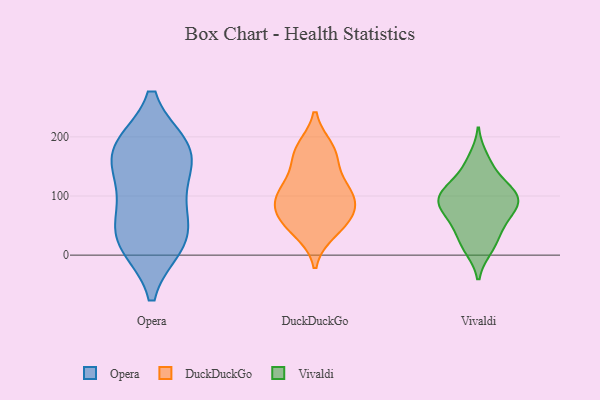
{"axis": {"x": "Budget (USD K)", "y": "Value"}, "legend": ["DuckDuckGo", "Opera", "Vivaldi"], "data": [{"x": "", "y": 182, "type": "Opera"}, {"x": "", "y": 176, "type": "Opera"}, {"x": "", "y": 122, "type": "Opera"}, {"x": "", "y": 182, "type": "Opera"}, {"x": "", "y": 174, "type": "Opera"}, {"x": "", "y": 18, "type": "Opera"}, {"x": "", "y": 55, "type": "Opera"}, {"x": "", "y": 28, "type": "Opera"}, {"x": "", "y": 21, "type": "Opera"}, {"x": "", "y": 98, "type": "Opera"}, {"x": "", "y": 51, "type": "DuckDuckGo"}, {"x": "", "y": 60, "type": "DuckDuckGo"}, {"x": "", "y": 180, "type": "DuckDuckGo"}, {"x": "", "y": 119, "type": "DuckDuckGo"}, {"x": "", "y": 173, "type": "DuckDuckGo"}, {"x": "", "y": 87, "type": "DuckDuckGo"}, {"x": "", "y": 40, "type": "DuckDuckGo"}, {"x": "", "y": 107, "type": "DuckDuckGo"}, {"x": "", "y": 111, "type": "DuckDuckGo"}, {"x": "", "y": 167, "type": "DuckDuckGo"}, {"x": "", "y": 71, "type": "DuckDuckGo"}, {"x": "", "y": 90, "type": "DuckDuckGo"}, {"x": "", "y": 53, "type": "Vivaldi"}, {"x": "", "y": 113, "type": "Vivaldi"}, {"x": "", "y": 124, "type": "Vivaldi"}, {"x": "", "y": 149, "type": "Vivaldi"}, {"x": "", "y": 84, "type": "Vivaldi"}, {"x": "", "y": 106, "type": "Vivaldi"}, {"x": "", "y": 11, "type": "Vivaldi"}, {"x": "", "y": 165, "type": "Vivaldi"}, {"x": "", "y": 44, "type": "Vivaldi"}, {"x": "", "y": 82, "type": "Vivaldi"}, {"x": "", "y": 103, "type": "Vivaldi"}, {"x": "", "y": 34, "type": "Vivaldi"}, {"x": "", "y": 70, "type": "Vivaldi"}, {"x": "", "y": 103, "type": "Vivaldi"}, {"x": "", "y": 87, "type": "Vivaldi"}, {"x": "", "y": 10, "type": "Vivaldi"}, {"x": "", "y": 86, "type": "Vivaldi"}]}